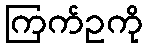
ကြက်ဥကို